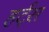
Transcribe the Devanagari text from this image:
हर्ट्‌स